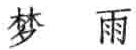
梦 雨